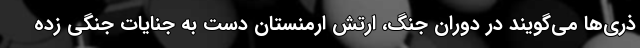
ذری‌ها می‌گویند در دوران جنگ، ارتش ارمنستان دست به جنایات جنگی زده